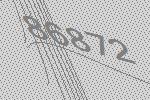
86872